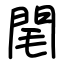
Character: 閐